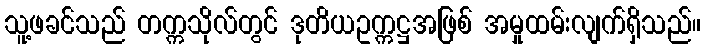
သူ့ဖခင်သည် တက္ကသိုလ်တွင် ဒုတိယဥက္ကဋ္ဌအဖြစ် အမှုထမ်းလျက်ရှိသည်။